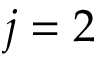
j = 2